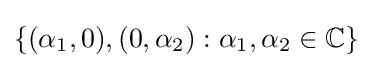
\{(\alpha _{1},0),(0,\alpha _{2}):\alpha _{1},\alpha _{2}\in \mathbb {C} \}